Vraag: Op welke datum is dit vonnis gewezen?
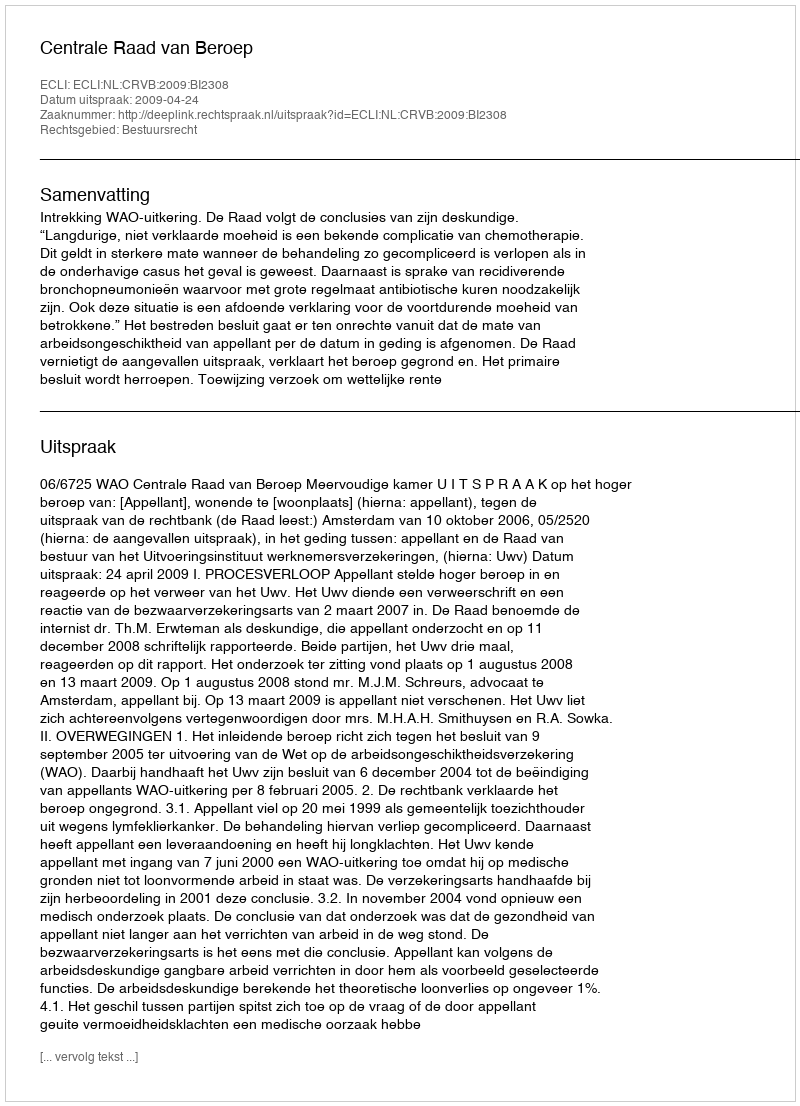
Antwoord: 2009-04-24